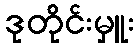
ဒုတိုင်းမှူး